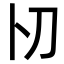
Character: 𠚬